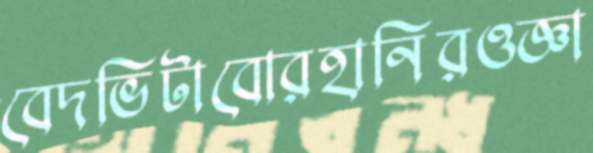
বেদভিটাবোরহানিরওজ্ঞা